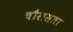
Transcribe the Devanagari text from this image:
चौरासता